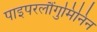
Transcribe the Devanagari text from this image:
पाइपरलौंगुमिनिन